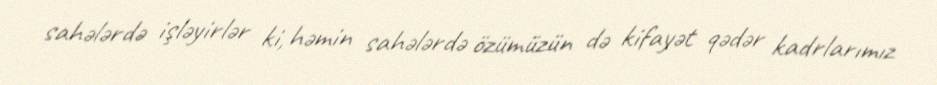
sahələrdə işləyirlər ki, həmin sahələrdə özümüzün də kifayət qədər kadrlarımız